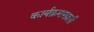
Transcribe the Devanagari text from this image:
कार्यक्रमाखाली